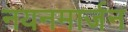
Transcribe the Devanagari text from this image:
नयनमार्जन